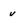
Character: v